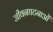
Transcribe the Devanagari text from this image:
जीवनघटनाओं